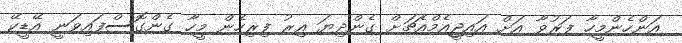
އަންހެންމީހާ ފަރުވާ އަށް އައިޖީއެމްއެޗަށް ގެންދިޔަ އިރު ފިރިހެން މީހާ ގެންގޮސްފައިވަނީ އޭޑީކޭ